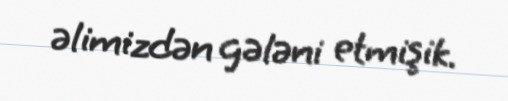
əlimizdən gələni etmişik.